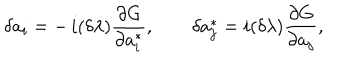
\delta a _ { i } = - \, { i } ( \delta \lambda ) { \frac { \partial G } { \partial a _ { i } ^ { * } } } , \qquad \delta a _ { j } ^ { * } = { i } ( \delta \lambda ) { \frac { \partial G } { \partial a _ { j } } } ,